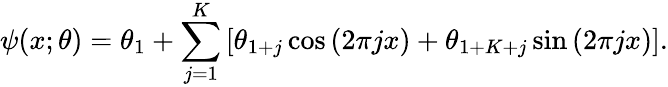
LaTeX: \psi(x;\theta)=\theta_{1}+\sum_{j=1}^{K}\left[\theta_{1+j}\cos\left(2\pi jx\right)+\theta_{1+K+j}\sin\left(2\pi jx\right)\right].